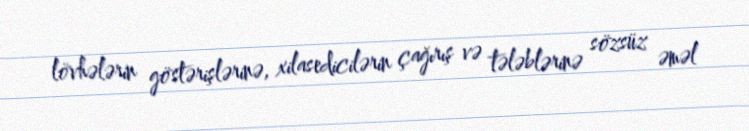
lövhələrin göstərişlərinə, xilasedicilərin çağırış və tələblərinə sözsüz əməl